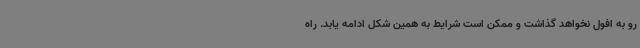
رو به افول نخواهد گذاشت و ممکن است شرایط به همین شکل ادامه یابد. راه